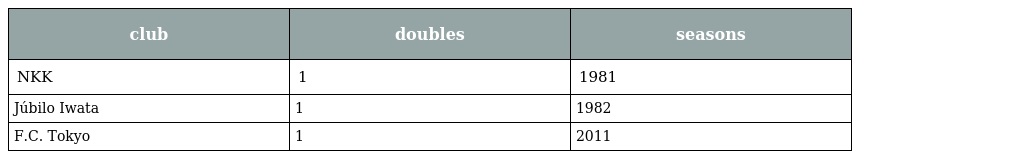
| club | doubles | seasons |
 | --- | --- | --- |
 | NKK | 1 | 1981 |
 | Júbilo Iwata | 1 | 1982 |
 | F.C. Tokyo | 1 | 2011 |